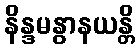
နိန္ဒမနွာနယန္တိ